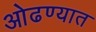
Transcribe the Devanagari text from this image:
ओढण्यात